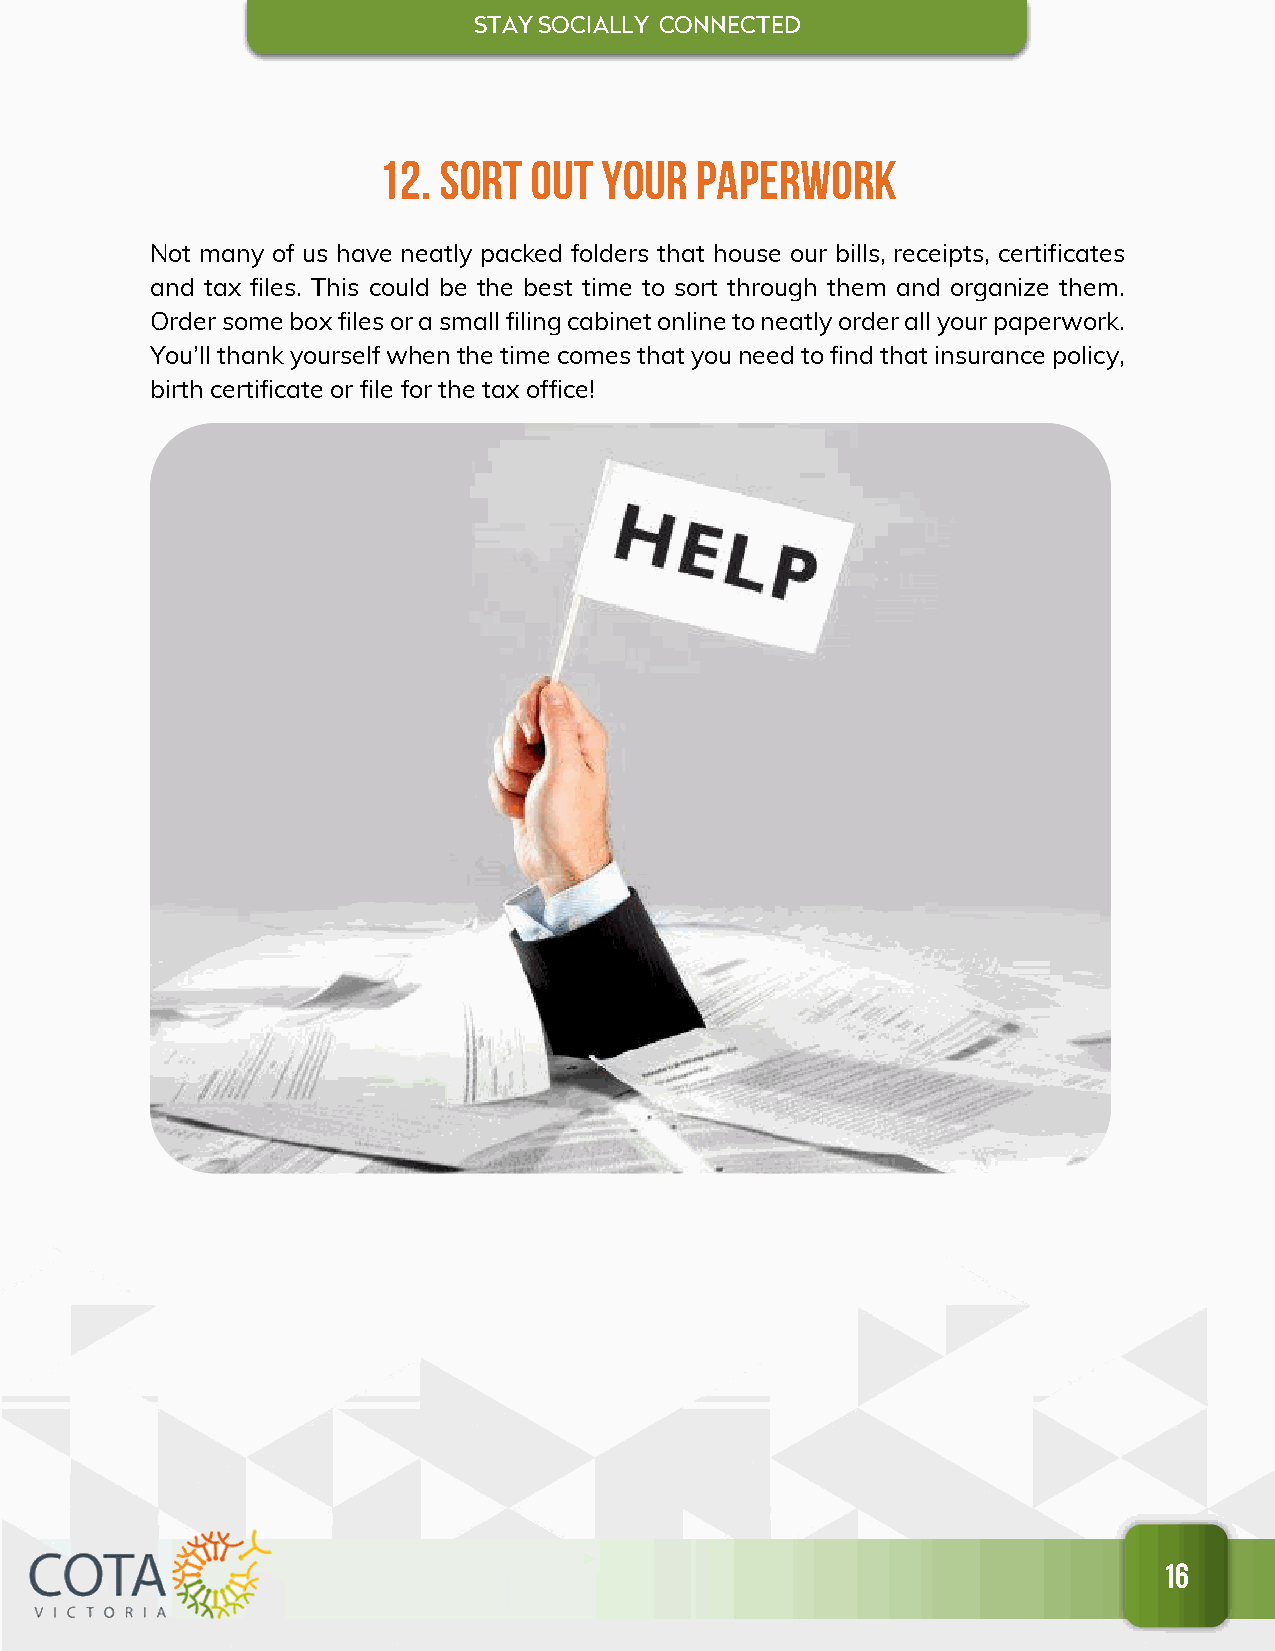
STAY SOCIALL Y CONNECTED
 12. Sort  out  your  Paperwork
 Not many of us have neatly packed folders that house our bills, receipts, certificates
 and tax files. This could be the best time to sort through them and organize them.
 Order some box files or a small filing cabinet online to neatly order all your paperwork.
 You’ll thank yourself when the time comes that you need to find that insurance policy,
 birth certificate or file for the tax office!
 16